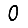
Digit: 0